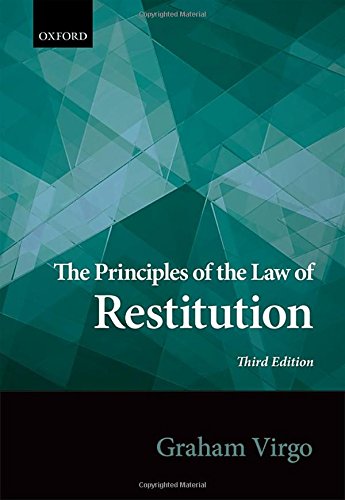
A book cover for Principles of the Law of Restitution; Graham Virgo; Law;